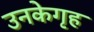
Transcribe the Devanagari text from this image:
उनकेगृह